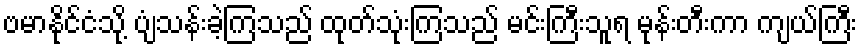
ဗမာနိုင်ငံသို့ ပျံသန်းခဲ့ကြသည် ထုတ်သုံးကြသည် မင်းကြီးသူရ မုန်းတီးကာ ကျယ်ကြီး